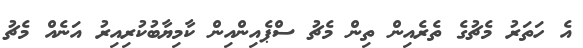
އެ ހަތަރު މެޗުގެ ތެރެއިން ތިން މެޗު ސްޕެއިންއިން ކާމިޔާބުކުރިއިރު އަނެއް މެޗު